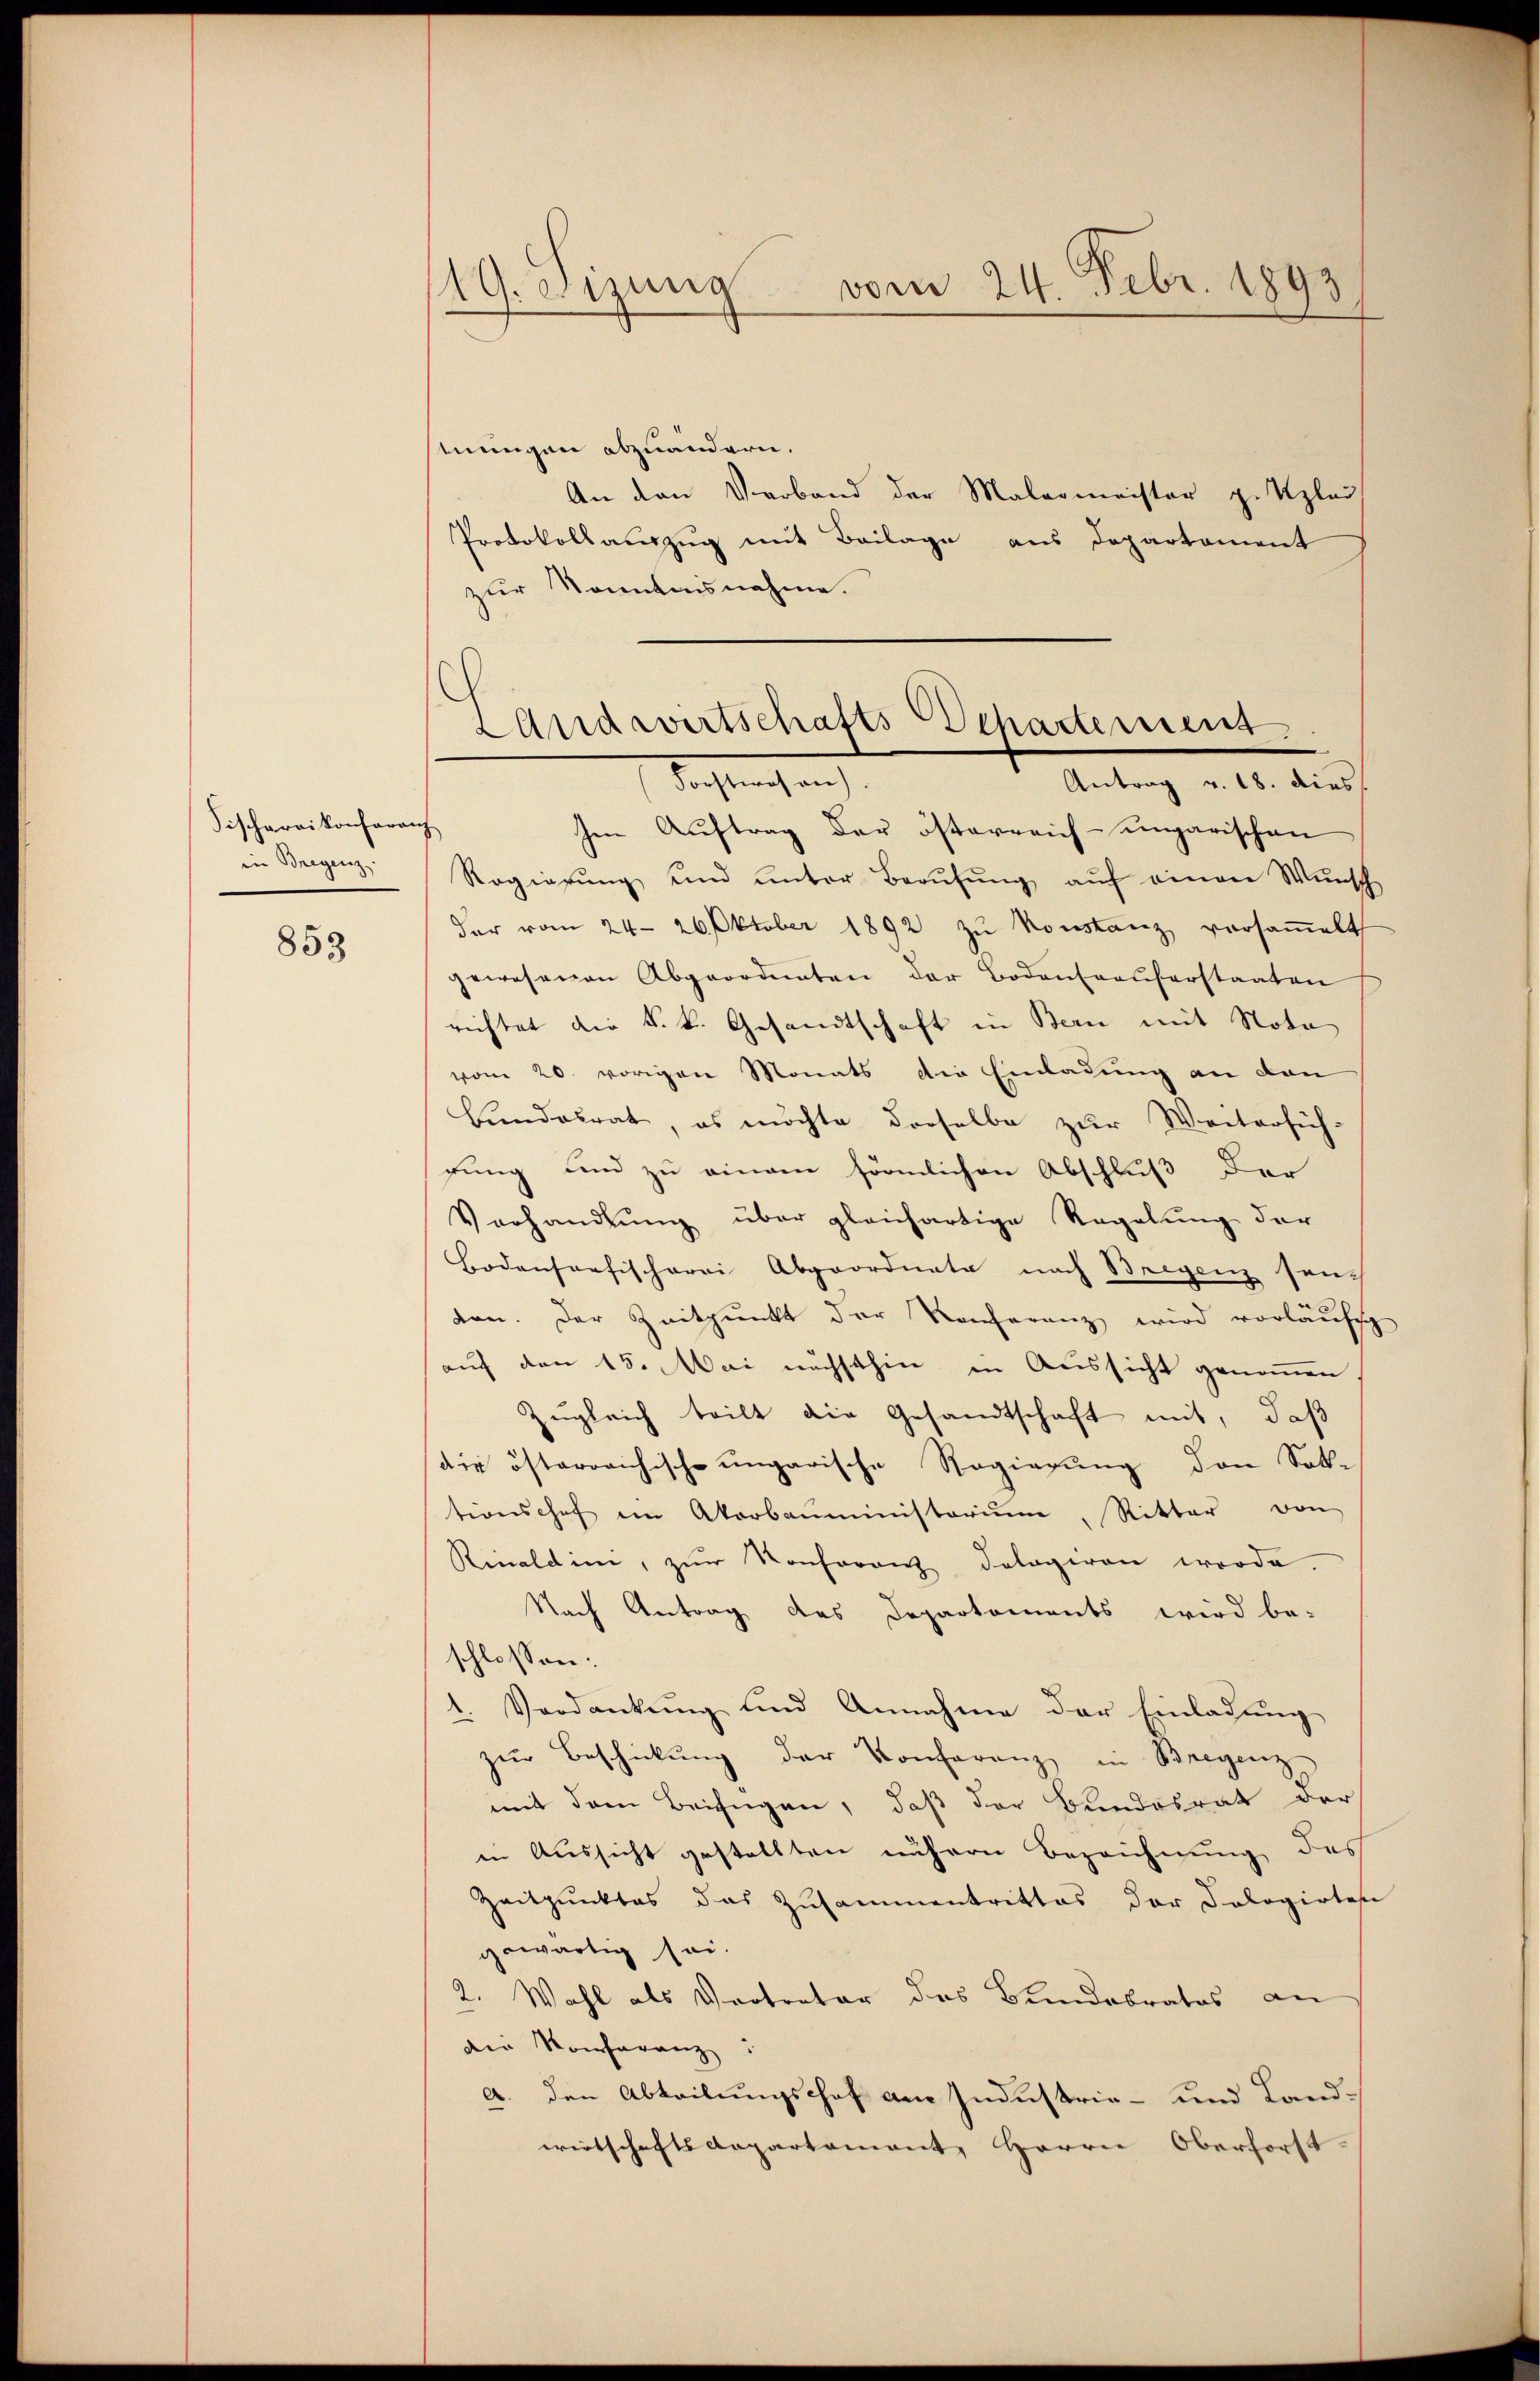
Fischarrikonferenz
in Vergange

853

19. Sizung vom 24. Febr. 1893.

mungen abzuändern.
An den Verband der Malermeister geplau
Protokollauszug mit Beilage aus Departement
zur Sonntensnahme.

Landwirtschafts Departement
Forstwesen).
Antrag v. 18. dies

hen Auftrag der österreich-ungarischen
Regierŭng und unter Berŭfŭng aŭf einen Wŭnsch
der vom 24. 26. Oktober 1892 zŭ konstanz versaṁelt
gewesenen Abgeordneten der Bodensaaŭferstaaten
richtet die k. k. Gesandtschaft in Bern mit Nota
vom 20. vorigen Monats die Einladung an den
Bendalrat, es möchte derselbe zur Weitersich-
gung und zu einem förmlichen Abschluß der
Verhandlung über gleichartige Regelung der
Bodenseefischerei Abgeordnete nach Bregenz sanc
don. Der Zeitpunkt der Konferenz wird vorläufisch
auf den 15. Mai nächsthin in Aussicht genommen.
Zugleich teilt die Gesandtschaft mit, daß
die österreichische ungarische Regierung den Solle
tionschef ein Akorbaŭministoriŭm, Ritter von
Rinaldim, zŭr Konferenz dologiren werde.
Nach Antrag das Departements wird be-
schlossen:
1. Verdankung und Annahme der Einladung
zur Beschickung der Konferenz in Bregenz
mit dem Beifügen, daß der Bundesrath der
in Aussicht gestellten nähern Bezeichnung des
Zeitpunktes das Zusammentrittes der Pologirten
gewärtig sei.
2. Wahl als Vertreter das Bundebrates an
der Konferanz
a. den Abteilungschof am Industrie- und Landwirtschaftsdepartament Herrn Oberforst-